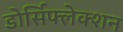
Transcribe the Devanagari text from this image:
डोर्सिफ्लेक्शन